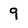
Character: 9